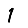
Digit: 1